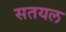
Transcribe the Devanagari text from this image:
सतयल